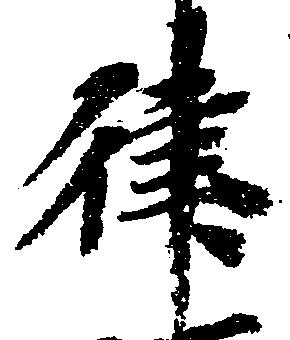
律